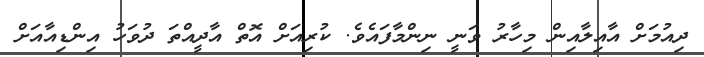
ދިއުމަށް އާއިލާއިން މިހާރު ވަނީ ނިންމާފައެވެ. ކުރިއަށް އޮތް އާދީއްތަ ދުވަހު އިންޑިއާއަށް